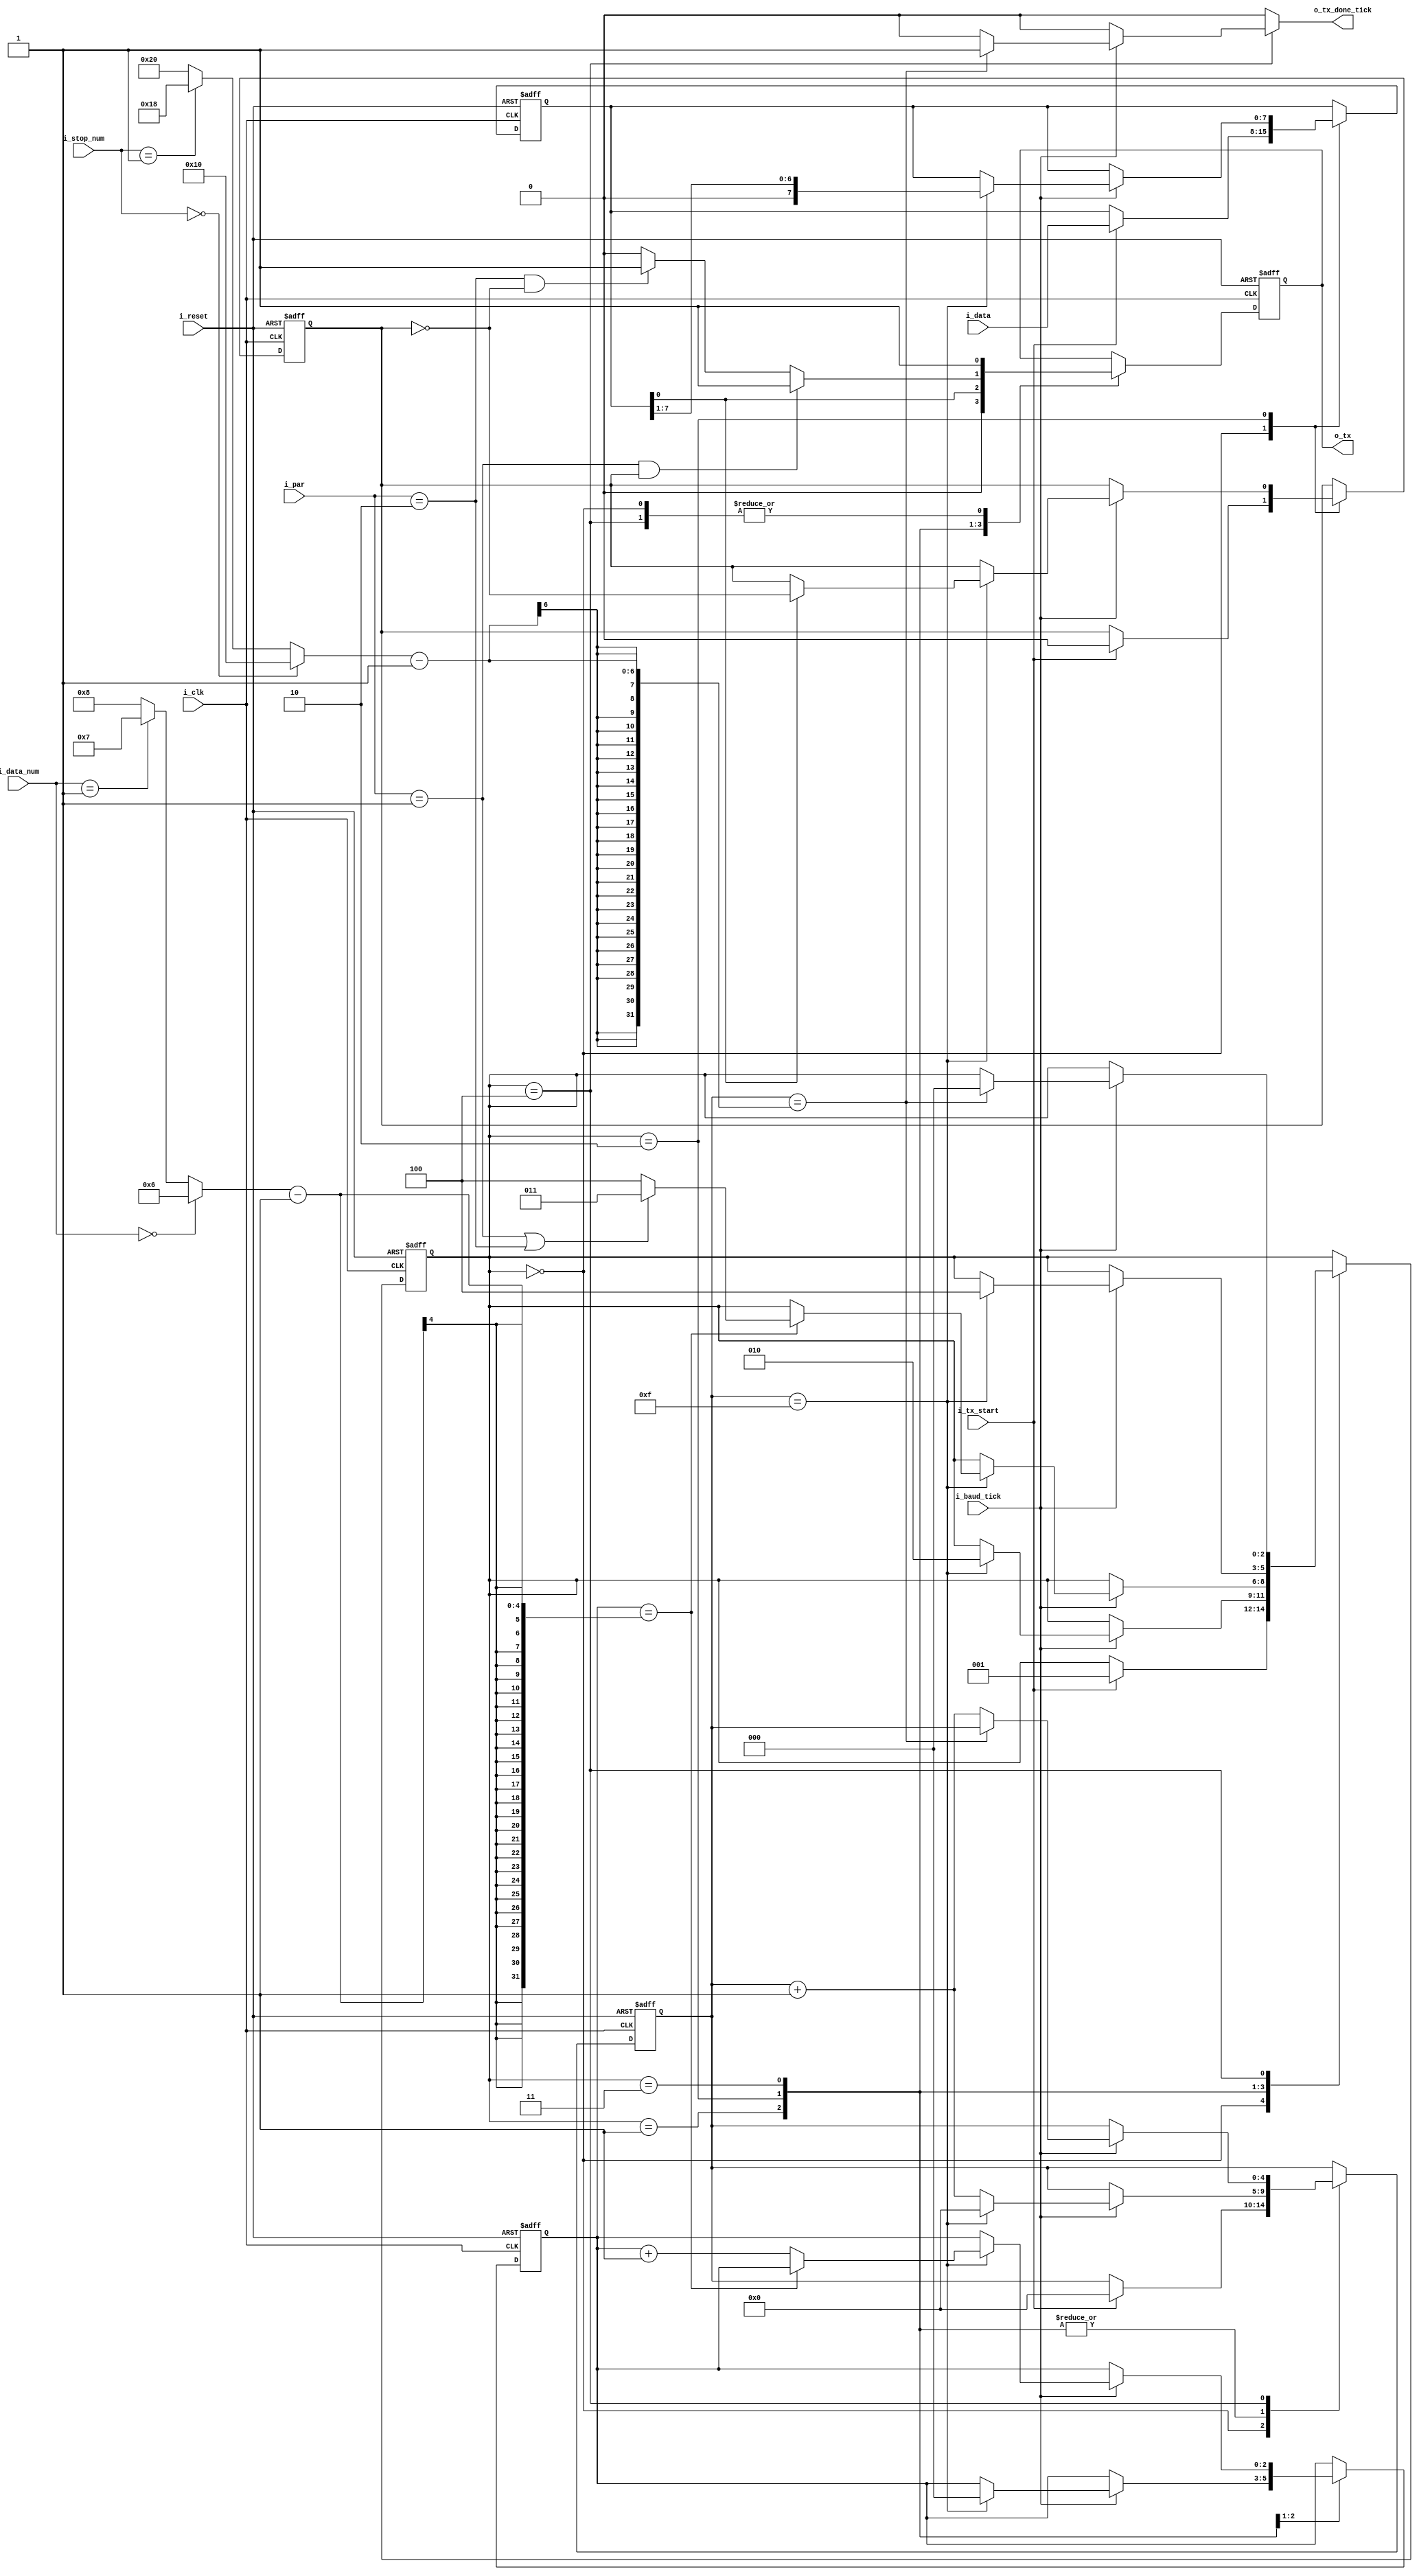
`timescale 1ns / 1ps
//////////////////////////////////////////////////////////////////////////////////
// Company: 
// Engineer: 
// 
// Design Name: 
// Module Name: uart_tx_full
// Project Name: 
// Target Devices: 
// Tool Versions: 
// Description: 
// 
// Dependencies: 
// 
// Revision:
// Revision 0.01 - File Created
// Additional Comments:
// 
//////////////////////////////////////////////////////////////////////////////////


module uart_tx_full(
    input i_clk, i_reset, 
    input i_tx_start,           //receive bit
    input i_baud_tick,          //enable start tick from baud rate generator. samples 16 times per bit
    input [1:0] i_data_num,      //number of data bits: 00 is 6 bits, 01 is 7 bits, 10 is 8 bits
    input [1:0] i_stop_num,      //number of stop bits: 00 is 1 bit, 01 is 1.5 bits, 10 is 2 bits
    input [1:0] i_par,           //specifies parity scheme: 00 is no parity, 01 is even parity, 10 is odd parity
    input [7:0] i_data,
    output reg o_tx_done_tick, 
    output o_tx
    );
              
    localparam [2:0] idle   = 3'b000, 
                     start  = 3'b001, 
                     data   = 3'b010, 
                     parity = 3'b011,
                     stop   = 3'b100;
                     
    reg [2:0]      s_state_reg, s_state_next;  //state register
    reg [4:0]      s_s_reg,     s_s_next;      //reg for 16 tick samples per bit
    reg [2:0]      s_n_reg,     s_n_next;      //n keeps track of sampling data bit
    reg [7:0]      s_b_reg,     s_b_next;      //reg to store received data bits, max set by DBIT parameter
    reg            s_tx_reg,    s_tx_next;     //1 bit output buffer to avoid glitches
    reg            s_parity_reg, s_parity_next; //if 0, even number of ones. if 1, odd number of one bits received

    
    wire [3:0] s_dbit_num; //either 6, 7, or 8 data bits
    wire [5:0] s_stop_num; //either 16. 24. or 32 for 1, 1.5, or 2 stop bits
        
    always @(posedge i_clk, posedge i_reset)
        if(i_reset)
            begin
                s_state_reg  <= idle;
                s_s_reg      <= 0;
                s_n_reg      <= 0;
                s_b_reg      <= 0;
                s_tx_reg     <= 1'b1;
                s_parity_reg <= 1'b0;
            end
        else
            begin
                s_state_reg  <= s_state_next;
                s_s_reg      <= s_s_next;
                s_n_reg      <= s_n_next;
                s_b_reg      <= s_b_next;
                s_tx_reg     <= s_tx_next;
                s_parity_reg <= s_parity_next;
            end
    
    always @*
        begin
            //default assignments
            s_state_next  = s_state_reg;
            s_s_next      = s_s_reg;
            s_n_next      = s_n_reg;
            s_b_next      = s_b_reg;
            s_tx_next     = s_tx_reg;
            s_parity_next = s_parity_reg;
            
            o_tx_done_tick = 1'b0;
        
            case(s_state_reg)
                idle:
                    begin
                        s_tx_next = 1'b1;
                        if(i_tx_start)
                            begin
                                s_state_next = start;
                                s_s_next = 0;
                                s_b_next = i_data;
                                s_parity_next = 1'b0;
                            end
                    end
                start:
                    begin
                        s_tx_next = 1'b0;
                        if(i_baud_tick)
                            if(s_s_reg == 15)
                                begin
                                    s_state_next = data;
                                    s_s_next = 0;
                                    s_n_next = 0;
                                end
                            else 
                                s_s_next = s_s_reg + 1;
                    end
                data:
                    begin
                    s_tx_next = s_b_reg[0];
                        if(i_baud_tick)
                            if (s_s_reg == 15) //samples after 15 more ticks since goes from middle of start bit to middle of data bit
                                begin
                                    s_s_next = 0; //reset tick counter to 0
                                    s_b_next = s_b_reg >> 1; //shift transmit bits right 1 since LSB received first
                                    
                                    if (s_tx_next == 1'b1) //if 1 transmitted, alternate parity count between even and odd number of 1's
                                        s_parity_next = ~s_parity_reg;
                                    
                                    if (s_n_reg == s_dbit_num - 1) //if read last data bit
                                        s_state_next = (i_par == 2'b01 || i_par == 2'b10) ? parity : stop; //if parity bit checked, go to parity state
                                    else
                                        s_n_next = s_n_reg + 1;
                                end
                            else
                                s_s_next = s_s_reg + 1;
                     end
                parity:
                    begin
                        s_tx_next = (i_par == 2'b01) && (s_parity_reg == 1'b1) ? 1'b1 : //if even parity, transmits 1 if odd amount of 1 data bits (s_parity_reg is 1)
                                    (i_par == 2'b10) && (s_parity_reg == 1'b0) ? 1'b1 : //if odd parity, transmits 1 if even amount of 1 data bits (s_parity_reg is 0)
                                                                                 1'b0;
                        if(i_baud_tick)
                            if (s_s_reg == 15) //samples after 15 more ticks since goes from middle of start bit to middle of data bit
                                begin
                                    s_s_next = 0; //reset tick counter to 0
                                    s_state_next = stop;
                                end
                            else
                                s_s_next = s_s_reg + 1;
                    end
                stop:
                    begin
                        s_tx_next = 1'b1;
                        if(i_baud_tick)
                            if(s_s_reg == (s_stop_num - 1)) //monitors stop bit after 16 ticks by default
                                begin
                                    s_state_next = idle;
                                    o_tx_done_tick = 1'b1;
                                end
                            else
                                s_s_next = s_s_reg + 1;
                    end
            
            endcase
        end
     
     //data functions
    assign s_dbit_num = (i_data_num == 2'b00) ? 6 : //6 data bits if 00
                        (i_data_num == 2'b01) ? 7 : //7 data bits if 01
                                                8;  //else, 8 data bits if 10 (or 11)
                                         
    assign s_stop_num = (i_stop_num == 2'b00) ? 16 : //1 stop bit
                        (i_stop_num == 2'b01) ? 24 : //1.5 stop bit
                                                32;  //2 stop bit
     
     //output data
     assign o_tx = s_tx_reg;
                    
endmodule